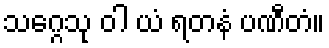
သဂ္ဂေသု ဝါ ယံ ရတနံ ပဏီတံ။